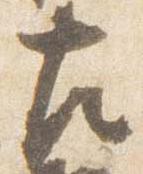
左